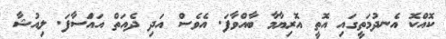
ކޮއްކޮ އެނދުމަތީގައި އޮތީ އޮރިޔާމާ ބާއްވާފަ. އެވެސް އަދި ދެއަތް އައްަސާފަ. ލިއުޝާ